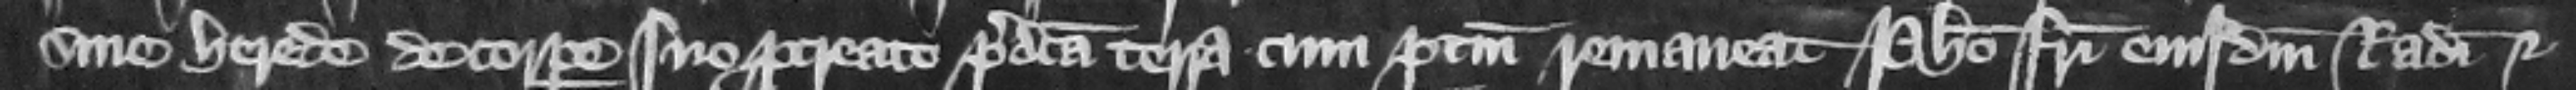
sine herede de corpore suo procreato predicta terra cum pertinencis remaneat Philippo fratrieiusdem Radulphi et